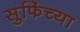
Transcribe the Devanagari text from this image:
सुफिंच्या